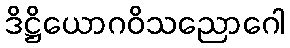
ဒိဋ္ဌိယောဂဝိသညောဂေါ